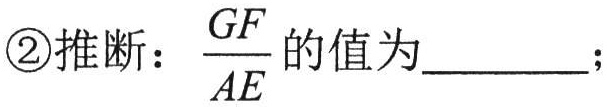
\textcircled{2}推断：$\frac{GF}{AE}$的值为_________；